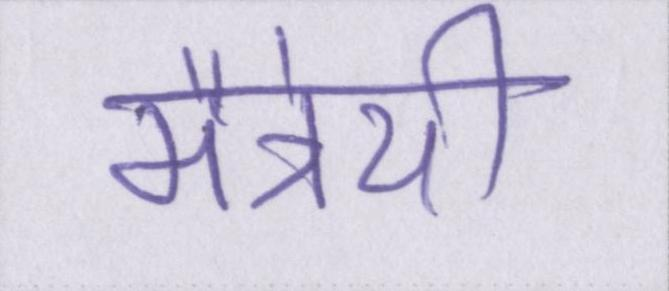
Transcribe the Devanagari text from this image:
मैत्रेयी